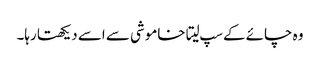
وہ چائے کے سپ لیتا خاموشی سے اسے دیکھتا رہا۔